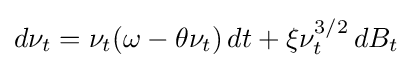
d\nu _{t}=\nu _{t}(\omega -\theta \nu _{t})\,dt+\xi \nu _{t}^{3/2}\,dB_{t}